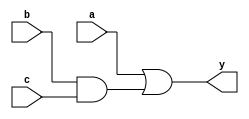
module aplusbc_module(y,a,b,c);
input a,b,c;
output y;

assign y= a | ( b & c ) ;































endmodule